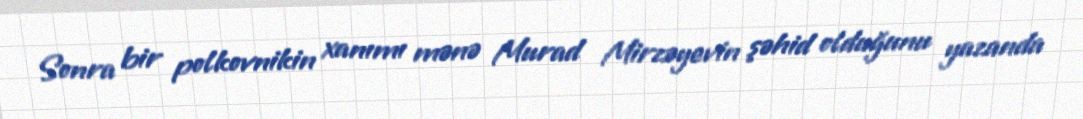
Sonra bir polkovnikin xanımı mənə Murad Mirzəyevin şəhid olduğunu yazanda